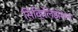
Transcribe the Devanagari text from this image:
सिव्हिलिझेशन